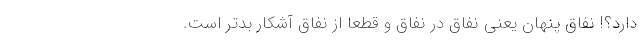
دارد؟! نفاق پنهان یعنی نفاق در نفاق و قطعا از نفاق آشکار بدتر است.